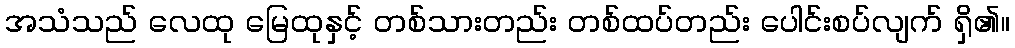
အသံသည် လေထု မြေထုနှင့် တစ်သားတည်း တစ်ထပ်တည်း ပေါင်းစပ်လျက် ရှိ၏။